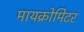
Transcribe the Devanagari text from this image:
मायक्रोमिटर